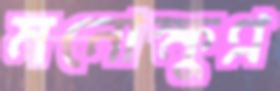
মনোক্ষুণ্ন